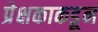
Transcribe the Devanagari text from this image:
प्रेक्षकाकडून